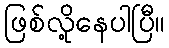
ဖြစ်လို့နေပါပြီ။